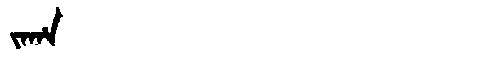
Manchu: ᠵᠠᡥᠠ
Romanization: JAHA